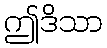
ဤဒိသာ